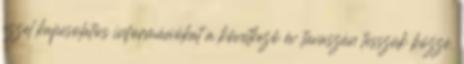
ezzel kapcsolatos információkat a következő év tavaszán tesszük közzé.